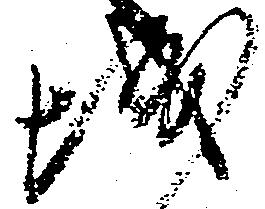
城